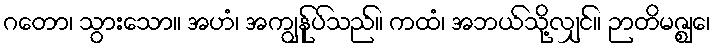
ဂတော၊ သွားသော။ အဟံ၊ အကျွန်ုပ်သည်။ ကထံ၊ အဘယ်သို့လျှင်။ ဉာတိမဇ္ဈေ၊